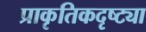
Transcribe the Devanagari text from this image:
प्राकृतिकदृष्ट्या